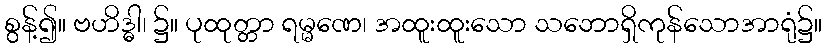
စွန့်၍။ ဗဟိဒ္ဓါ၊ ၌။ ပုထုတ္တာ ရမ္မဏေ၊ အထူးထူးသော သဘောရှိကုန်သောအာရုံ၌။